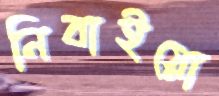
নিবাইয়ো